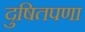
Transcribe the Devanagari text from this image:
दुषितपणा